Vaccine operations Central Provinces & Berar 1912-1920 - 1912-1920
Year: 1912
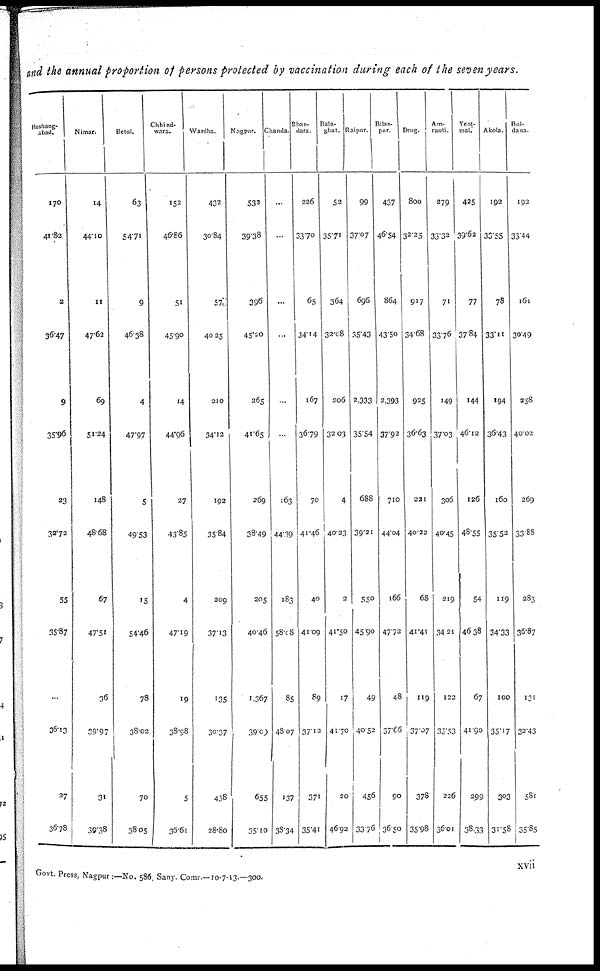
and the annual proportion of persons protected by vaccination during each of the seven years.
Hoshang¬
abad.
170
41.82
2
36.47
9
35.96
23
32.72
55
35.87
...
36.13
27
36.78
Nimar.
14
44.10
11
47.62
69
51.24
148
48.68
67
47.51
36
59.97
31
39.38
Betul.
63
54.71
9
46.38
4
47.97
5
49.53
15
54.46
78
38.02
70
38.05
Chhind¬
wara.
152
46.86
51
45.90
14
44.96
27
43.85
4
47.19
19
38.98
5
36.61
Wardha.
432
30.84
57
40.25
210
34.12
192
35.84
209
37.13
135
30.37
438
28.80
Nagpur.
532
39.38
396
45.20
265
41.65
269
38.49
205
40.46
1,367
39.09
655
35.10
Chanda.
...
...
...
...
...
...
163
44.39
183
58.08
85
48.07
137
38.34
Bhan-
dara.
226
33.70
65
34.14
167
36.79
70
41.46
40
41.09
89
37.12
371
35.41
Bala.
ghat.
52
35.71
364
32.08
206
32.03
4
40.23
2
41.50
17
41.70
20
46.92
Raipur.
99
37.07
696
35.43
2,333
35.54
688
39.21
550
45.90
49
40.52
456
33.76
Bilas¬
pur.
437
46.54
864
43.50
2,393
37.92
710
44.04
166
4772
48
37.66
90
36.50
Drug.
800
32.25
917
34.68
925
36.63
221
40.22
68
41.41
119
37.07
378
35.98
Am¬
raoti.
279
33.32
71
33.76
149
37.03
306
40.45
219
34.21
122
35.53
226
36.01
Yeot¬
mal.
425
39.62
77
37.84
144
46.12
126
43.55
54
46.38
67
41.90
299
38.33
Akola.
192
33.55
78
33.11
194
36.43
160
35.52
119
34.33
100
35.17
303
31.58
Bul¬
dana.
192
33.44
161
30.49
258
40.02
269
33.88
283
36.87
131
32.43
581
35.85
xvii
Govt. Press, Nagpur :—No. 586, Sany. Comr—10-7-13.—300.